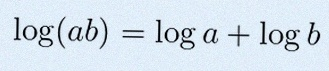
\log(ab)=\log a+\log b